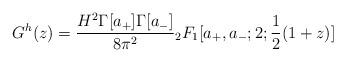
LaTeX: \begin{align*}G^h(z)=\frac{H^2\Gamma[a_+] \Gamma[a_-]}{8 \pi^2}{}_2F_1[a_+,a_-;2;\frac{1}{2}(1+z)]\end{align*}